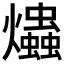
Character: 爞